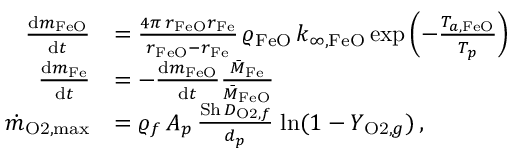
\begin{array} { r l } { \frac { \mathrm { d } m _ { \mathrm { F e O } } } { \mathrm { d } t } } & { = \frac { 4 \pi \, r _ { \mathrm { F e O } } r _ { \mathrm { F e } } } { r _ { \mathrm { F e O } } - r _ { \mathrm { F e } } } \, \varrho _ { \mathrm { F e O } } \, k _ { \infty , \mathrm { F e O } } \, \mathrm { e x p } \left( - \frac { T _ { a , \mathrm { F e O } } } { T _ { p } } \right) } \\ { \frac { \mathrm { d } m _ { \mathrm { F e } } } { \mathrm { d } t } } & { = - \frac { \mathrm { d } m _ { \mathrm { F e O } } } { \mathrm { d } t } \frac { \Bar { M } _ { \mathrm { F e } } } { \Bar { M } _ { \mathrm { F e O } } } } \\ { \dot { m } _ { \mathrm { O 2 } , \mathrm { m a x } } } & { = \varrho _ { f } \, A _ { p } \, \frac { \mathrm { S h } \, D _ { \mathrm { O 2 } , f } } { d _ { p } } \; \mathrm { l n } ( 1 - Y _ { \mathrm { O 2 } , g } ) \, , } \end{array}